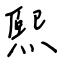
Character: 熙